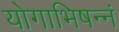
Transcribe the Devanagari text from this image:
योगाभिषन्नं